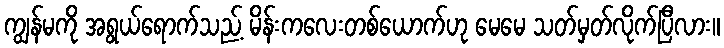
ကျွန်မကို အရွယ်ရောက်သည့် မိန်းကလေးတစ်ယောက်ဟု မေမေ သတ်မှတ်လိုက်ပြီလား။